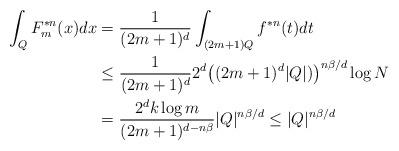
LaTeX: \begin{align*}\int_Q F_m^{*n}(x)dx&=\frac{1}{(2m+1)^d}\int_{(2m+1)Q} f^{*n}(t)dt\\&\le\frac{1}{(2m+1)^d} 2^d \big((2m+1)^d|Q|)\big)^{n\beta/d} \log N\\&=\frac{2^d k \log m}{(2m+1)^{d-n\beta}} |Q|^{n\beta/d}\le |Q|^{n\beta/d}\end{align*}